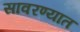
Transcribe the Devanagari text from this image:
सावरण्यात